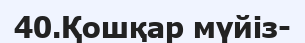
40.Қошқар мүйіз-